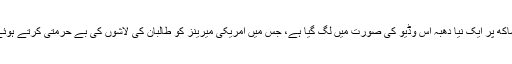
اور، اب، ملکی ساکھ پر ایک نیا دھبہ اِس وڈیو کی صورت میں لگ گیا ہے، جس میں امریکی میرینز کو طالبان کی لاشوں کی بے حرمتی کرتے ہوئے دکھایا گیا ہے۔